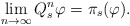
\begin{align*} \lim_{n\to\infty}Q_s^n\varphi=\pi_s(\varphi). \end{align*}